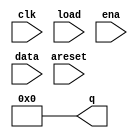
module top_module (
    input  wire       clk,
    input  wire       areset,
    input  wire       load,
    input  wire       ena,
    input  wire [3:0] data,
    output  reg [3:0] q
);
    always @(areset) begin
        q <= 4'b0000;
    end
    always @(posedge clk) begin
        if (areset) begin
        end
        else begin
            if (load) begin
                q <= data;
            end
            else begin
                if (ena) begin
                    q <= {1'b0, q[3:1]};
                end
                else begin
                end
            end
        end
    end
endmodule